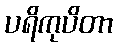
ပရိကုပိတာ